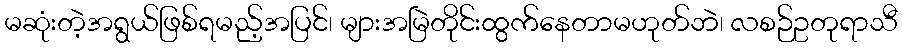
မဆုံးတဲ့အရွယ်ဖြစ်ရမည့်အပြင်၊ များအမြဲတိုင်းထွက်နေတာမဟုတ်ဘဲ၊ လစဉ်ဥတုရာသီ